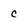
Character: c